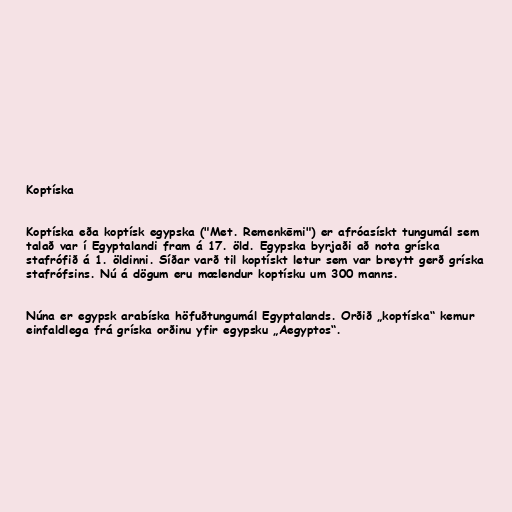
Koptíska

Koptíska eða koptísk egypska ("Met. Remenkēmi") er afróasískt tungumál sem
talað var í Egyptalandi fram á 17. öld. Egypska byrjaði að nota gríska
stafrófið á 1. öldinni. Síðar varð til koptískt letur sem var breytt gerð gríska
stafrófsins. Nú á dögum eru mælendur koptísku um 300 manns.

Núna er egypsk arabíska höfuðtungumál Egyptalands. Orðið „koptíska“ kemur
einfaldlega frá gríska orðinu yfir egypsku „Aegyptos“.